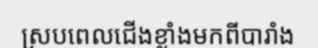
ស្របពេលជើងខ្លាំងមកពីបារាំង